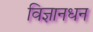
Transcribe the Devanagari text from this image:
विज्ञानधन